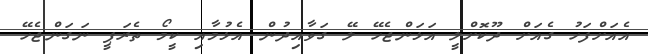
އެއަށްފަހު ގެއަށް ދޫކޮށްލީ އަޅަންޖެހޭ ލޭ ގަވާއިދުން އެޅުމާއި ކީމޯ ތެރަޕީ ނަގަންޖެހޭ